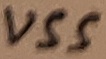
Text: VSS